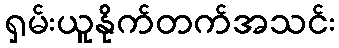
ရှမ်းယူနိုက်တက်အသင်း